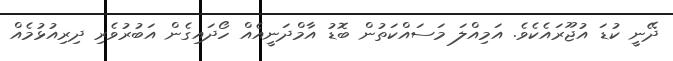
ދޭނީ ކުޑަ އުޖޫރައެކެވެ. އަމިއްލަ މަސައްކަތުން ބޮޑު އާމްދަނީއެއް ހޯދައިގެން އަބުރުވެރި ދިރިއުޅުމެއް